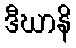
ဒီဃာနိ